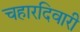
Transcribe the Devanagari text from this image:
चहारदिवारी